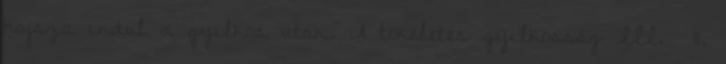
hajsza indul a gyilkos után. A tökéletes gyilkosság III. 11.